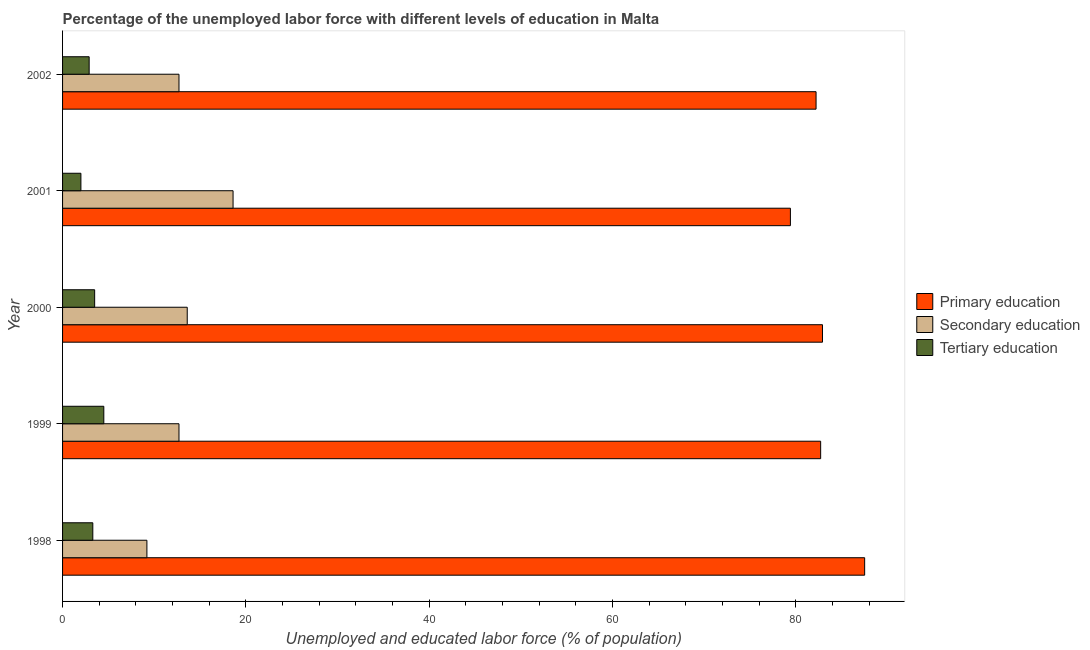
| Year | Primary education | Secondary education | Tertiary education |
 | --- | --- | --- | --- |
 | 1998 | 87.5 | 9.2 | 3.3 |
 | 1999 | 82.7 | 12.7 | 4.5 |
 | 2000 | 82.9 | 13.6 | 3.5 |
 | 2001 | 79.4 | 18.6 | 2 |
 | 2002 | 82.2 | 12.7 | 2.9 |